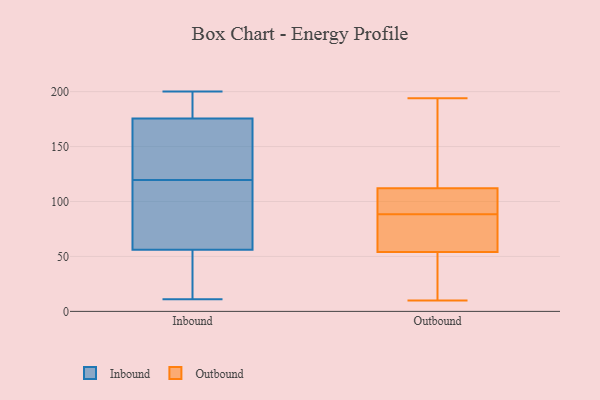
{"axis": {"x": "Customer Acquisition Cost (USD)", "y": "Value"}, "legend": ["Inbound", "Outbound"], "data": [{"x": "", "y": 114, "type": "Inbound"}, {"x": "", "y": 75, "type": "Inbound"}, {"x": "", "y": 100, "type": "Inbound"}, {"x": "", "y": 175, "type": "Inbound"}, {"x": "", "y": 37, "type": "Inbound"}, {"x": "", "y": 19, "type": "Inbound"}, {"x": "", "y": 99, "type": "Inbound"}, {"x": "", "y": 200, "type": "Inbound"}, {"x": "", "y": 194, "type": "Inbound"}, {"x": "", "y": 24, "type": "Inbound"}, {"x": "", "y": 166, "type": "Inbound"}, {"x": "", "y": 191, "type": "Inbound"}, {"x": "", "y": 176, "type": "Inbound"}, {"x": "", "y": 11, "type": "Inbound"}, {"x": "", "y": 125, "type": "Inbound"}, {"x": "", "y": 153, "type": "Inbound"}, {"x": "", "y": 113, "type": "Outbound"}, {"x": "", "y": 138, "type": "Outbound"}, {"x": "", "y": 98, "type": "Outbound"}, {"x": "", "y": 13, "type": "Outbound"}, {"x": "", "y": 56, "type": "Outbound"}, {"x": "", "y": 111, "type": "Outbound"}, {"x": "", "y": 10, "type": "Outbound"}, {"x": "", "y": 56, "type": "Outbound"}, {"x": "", "y": 89, "type": "Outbound"}, {"x": "", "y": 194, "type": "Outbound"}, {"x": "", "y": 102, "type": "Outbound"}, {"x": "", "y": 88, "type": "Outbound"}, {"x": "", "y": 47, "type": "Outbound"}, {"x": "", "y": 169, "type": "Outbound"}, {"x": "", "y": 52, "type": "Outbound"}, {"x": "", "y": 66, "type": "Outbound"}]}